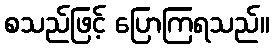
စသည်ဖြင့် ပြောကြရသည်။